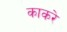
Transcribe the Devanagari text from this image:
काकरे